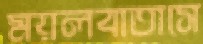
ময়লবাতাসে